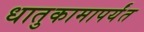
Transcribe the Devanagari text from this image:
धातुकामापर्यंत